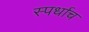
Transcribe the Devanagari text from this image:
स्पर्धाच